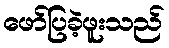
ဖော်ပြခဲ့ဖူးသည်